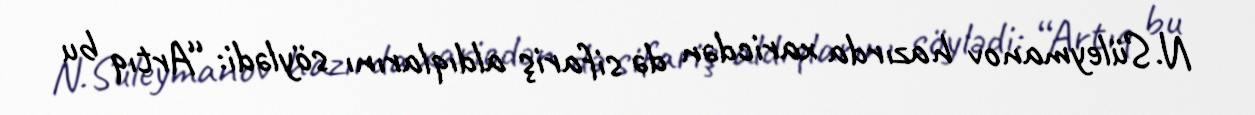
N.Süleymanov hazırda xaricdən də sifariş aldıqlarını söylədi: “Artıq bu